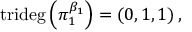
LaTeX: \mathrm { t r i d e g } \left( \pi _ { 1 } ^ { \beta _ { 1 } } \right) = \left( 0 , 1 , 1 \right) ,